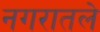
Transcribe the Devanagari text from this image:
नगरातले